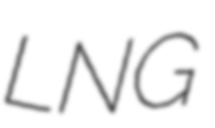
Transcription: LNG